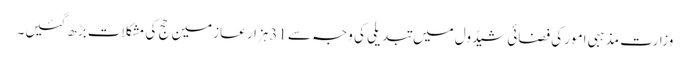
وزارت مذہبی امور کی فضائی شیڈول میں تبدیلی کی وجہ سے 31ہزار عازمین حج کی مشکلات بڑھ گئیں۔